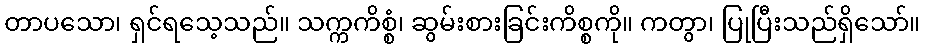
တာပသော၊ ရှင်ရသေ့သည်။ သက္ကကိစ္စံ၊ ဆွမ်းစားခြင်းကိစ္စကို။ ကတွာ၊ ပြုပြီးသည်ရှိသော်။